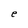
Character: e